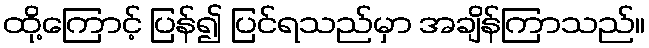
ထို့ကြောင့် ပြန်၍ ပြင်ရသည်မှာ အချိန်ကြာသည်။